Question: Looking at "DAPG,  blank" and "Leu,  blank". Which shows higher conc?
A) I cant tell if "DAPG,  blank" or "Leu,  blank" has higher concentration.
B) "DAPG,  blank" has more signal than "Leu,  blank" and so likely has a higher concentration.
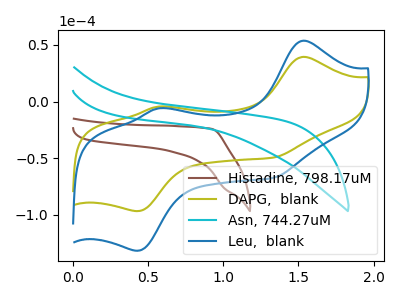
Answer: <think>The brown curve "Histadine, 798.17uM" has no peaks. The olive curve "DAPG,  blank" has anodic peaks at (1.55V, 39.45uA) (0.55V, -4.40uA) and cathodic peaks at (0.45V, -96.60uA) (1.35V, -49.35uA). The cyan curve "Asn, 744.27uM" has no peaks. The blue curve "Leu,  blank" has anodic peaks at (1.55V, 53.75uA) (0.55V, -6.00uA) and cathodic peaks at (0.45V, -131.55uA) (1.35V, -67.20uA).
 All the peaks in "DAPG,  blank" have a peak in "Leu,  blank" at the same potential.</think>
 <answer>A) I cant tell if "DAPG,  blank" or "Leu,  blank" has higher concentration.</answer>
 <eval>A</eval>